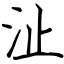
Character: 沚